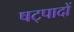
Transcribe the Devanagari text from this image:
षट्पादों